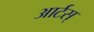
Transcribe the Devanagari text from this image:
आर्टस्‌